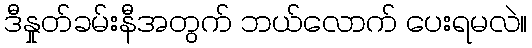
ဒီနှုတ်ခမ်းနီအတွက် ဘယ်လောက် ပေးရမလဲ။